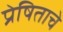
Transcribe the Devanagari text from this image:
प्रेषिताचे